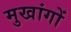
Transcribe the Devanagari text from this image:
मुखांगों